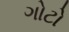
ગોટો